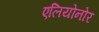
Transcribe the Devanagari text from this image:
एलियोनोर